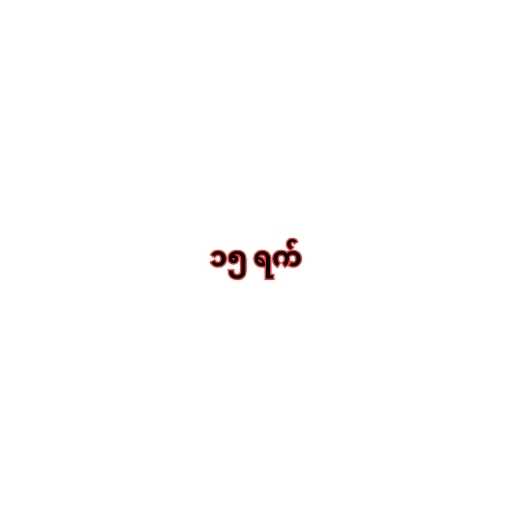
၁၅ ရက်